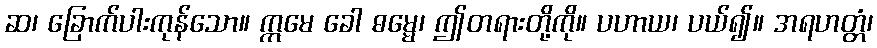
ဆ၊ ခြောက်ပါးကုန်သော။ ဣမေ ခေါ ဓမ္မေ၊ ဤတရားတို့ကို။ ပဟာယ၊ ပယ်၍။ အရဟတ္တံ၊